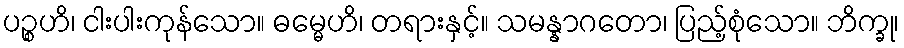
ပဉ္စဟိ၊ ငါးပါးကုန်သော။ ဓမ္မေဟိ၊ တရားနှင့်။ သမန္နာဂတော၊ ပြည့်စုံသော။ ဘိက္ခု၊